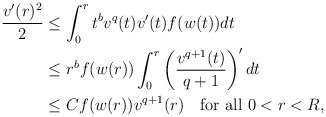
\begin{align*}\begin{aligned} \frac{v'(r)^{2}}{2} &\leq \int_{0}^{r} t^{b}v^{q}(t)v'(t)f(w(t)) dt \\ &\leq r^{b}f(w(r))\int_{0}^{r}\left(\frac{v^{q+1}(t)}{q+1}\right)'dt \\ &\leq Cf(w(r))v^{q+1}(r)\quad\mbox{for all}\ 0<r<R,\end{aligned}\end{align*}